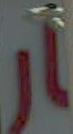
ار